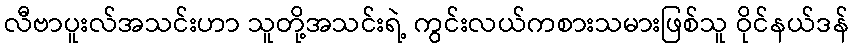
လီဗာပူးလ်အသင်းဟာ သူတို့အသင်းရဲ့ ကွင်းလယ်ကစားသမားဖြစ်သူ ဝိုင်နယ်ဒန်